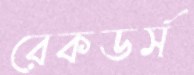
রেকডর্স